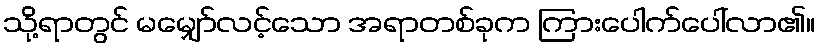
သို့ရာတွင် မမျှော်လင့်သော အရာတစ်ခုက ကြားပေါက်ပေါ်လာ၏။